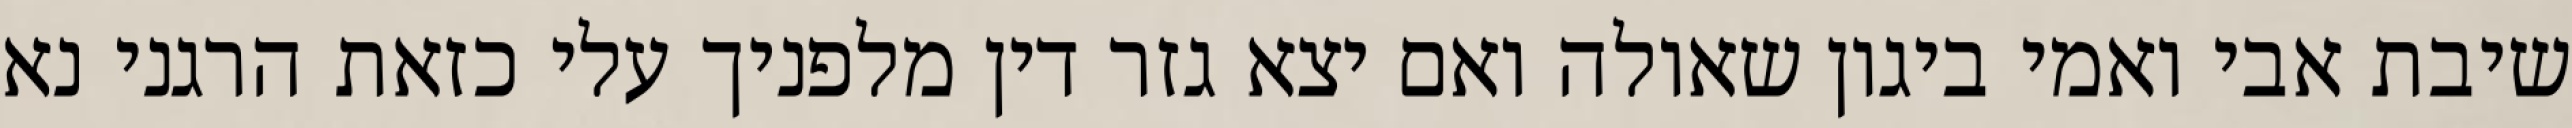
שיבת אבי ואמי ביגון שאולה ואם יצא גזר דין מלפניך עלי כזאת הרגני נא